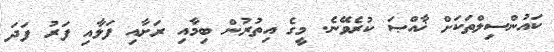
ކައުންސިލްތަކަށް ޚާއްޞަ ކުރެވޭނެ. މީގެ އިތުރުން ބިމާއި ރަށާއި ފަޅާއި ފަރު ފަދަ